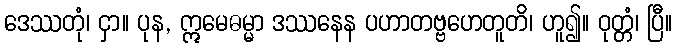
ဒေဿတုံ၊ ငှာ။ ပုန, ဣမေဓမ္မာ ဒဿနေန ပဟာတဗ္ဗဟေတူတိ၊ ဟူ၍။ ဝုတ္တံ၊ ပြီ။